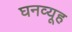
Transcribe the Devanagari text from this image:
घनव्यूह